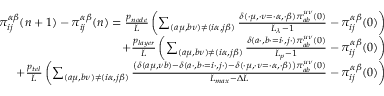
\begin{array} { r } { \pi _ { i j } ^ { \alpha \beta } ( n + 1 ) - \pi _ { i j } ^ { \alpha \beta } ( n ) = \frac { p _ { n o d e } } { L } \left( \sum _ { ( a \mu , b \nu ) \neq ( i \alpha , j \beta ) } \frac { \delta ( \cdot \mu , \cdot \nu = \cdot \alpha , \cdot \beta ) \pi _ { a b } ^ { \mu \nu } ( 0 ) } { L _ { \lambda } - 1 } - \pi _ { i j } ^ { \alpha \beta } ( 0 ) \right) } \\ { + \frac { p _ { l a y e r } } { L } \left( \sum _ { ( a \mu , b \nu ) \neq ( i \alpha , j \beta ) } \frac { \delta ( a \cdot , b \cdot = i \cdot , j \cdot ) \pi _ { a b } ^ { \mu \nu } ( 0 ) } { L _ { p } - 1 } - \pi _ { i j } ^ { \alpha \beta } ( 0 ) \right) } \\ { + \frac { p _ { t e l } } { L } \left( \sum _ { ( a \mu , b \nu ) \neq ( i \alpha , j \beta ) } \frac { \left( \delta ( a \mu , \nu b ) - \delta ( a \cdot , b \cdot = i \cdot , j \cdot ) - \delta ( \cdot \mu , \cdot \nu = \cdot \alpha , \cdot \beta ) \right) \pi _ { a b } ^ { \mu \nu } ( 0 ) } { L _ { m a x } - \Delta L } - \pi _ { i j } ^ { \alpha \beta } ( 0 ) \right) } \end{array}